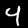
Label: 4